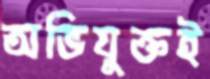
অভিযুক্তই